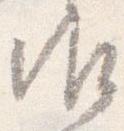
御